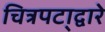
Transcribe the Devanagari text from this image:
चित्रपटा्द्वारे